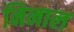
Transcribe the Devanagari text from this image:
निनाल